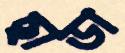
ছাডা